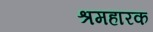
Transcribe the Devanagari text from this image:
श्रमहारक